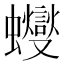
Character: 𧕊